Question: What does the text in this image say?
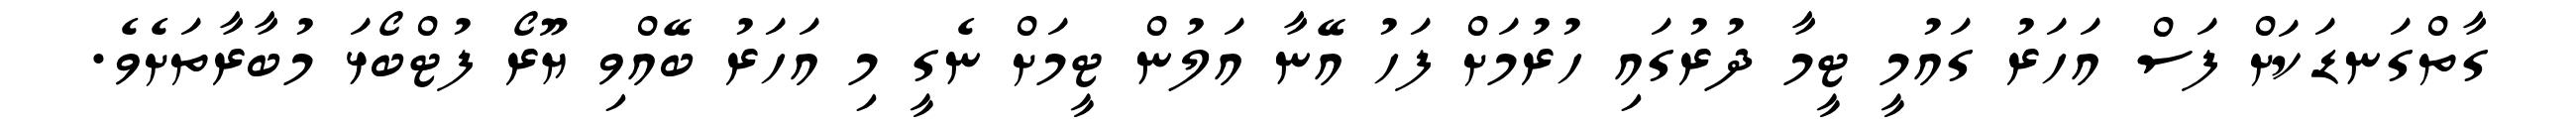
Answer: ގާތްގަނޑަކަށް ފަސް އަހަރު ގައުމީ ޓީމާ ދުރުގައި ހުރުމަށް ފަހު އޭނާ އަލުން ޓީމަށް ނެގީ މި އަހަރު ބޭއްވި ޔޫރޯ ފުޓްބޯޅަ މުބާރާތަށެވެ.